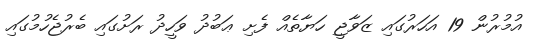
އުމުރުން 19 އަހަރުގައި ޒަވާޖީ ހަޔާތެއް ފެށި ޢަބުދު ވަހީދު ރަށުގައި ބެރުޖެހުމުގައި